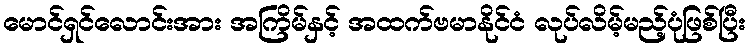
မောင်ရှင်လောင်းအား အကြိမ်နှင့် အထက်ဗမာနိုင်ငံ လုပ်လိမ့်မည့်ပုံဖြစ်ပြီး